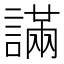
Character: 𧫩